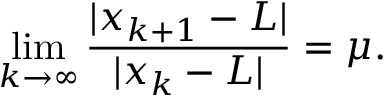
\operatorname* { l i m } _ { k \to \infty } { \frac { | x _ { k + 1 } - L | } { | x _ { k } - L | } } = \mu .